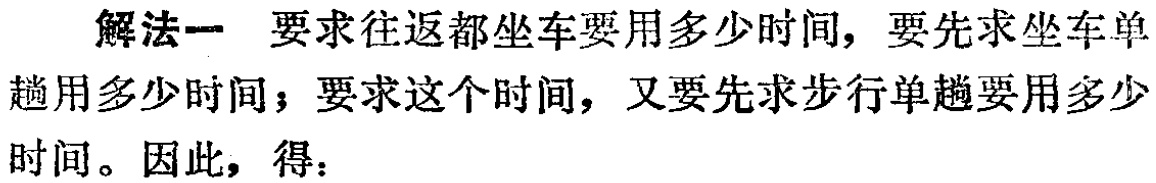
解法一 要求往返都坐车要用多少时间，要先求坐车单
趟用多少时间；要求这个时间，又要先求步行单趟要用多少
时间。因此，得：